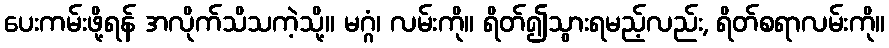
ပေးကမ်းဖို့ရန် အလိုက်သိသကဲ့သို့။ မဂ္ဂံ၊ လမ်းကို။ ရိတ်၍သွားရမည့်လည်း, ရိတ်စရာလမ်းကို။